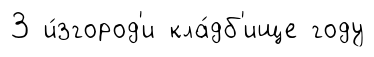
3 и́згород'и кла́дб'ище году